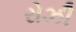
રોઝી